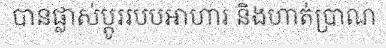
បានផ្លាស់ប្តូររបបអាហារ និងហាត់ប្រាណ